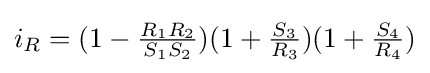
i_{R}=(1-{\tfrac {R_{1}R_{2}}{S_{1}S_{2}}})(1+{\tfrac {S_{3}}{R_{3}}})(1+{\tfrac {S_{4}}{R_{4}}})